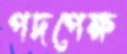
পদপেক্ষ